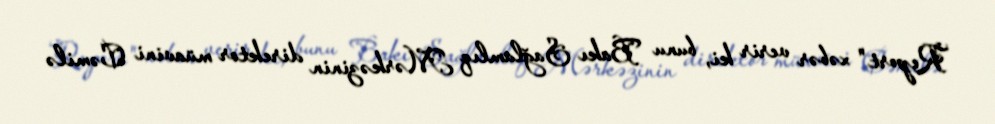
Report" xəbər verir ki, bunu Bakı Sağlamlıq Mərkəzinin direktor müavini Cəmilə